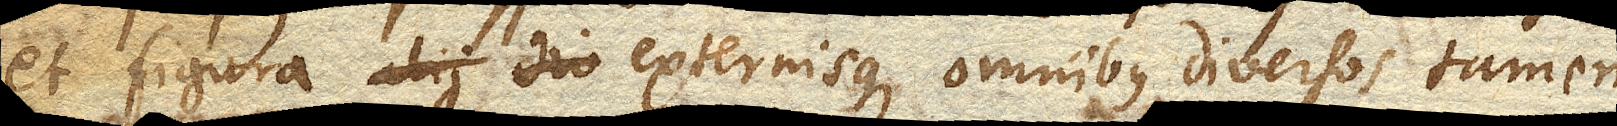
et figura alii externisque omnibus diversos tamen